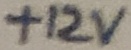
Text: +12V